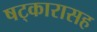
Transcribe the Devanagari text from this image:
षट्‍कारासह